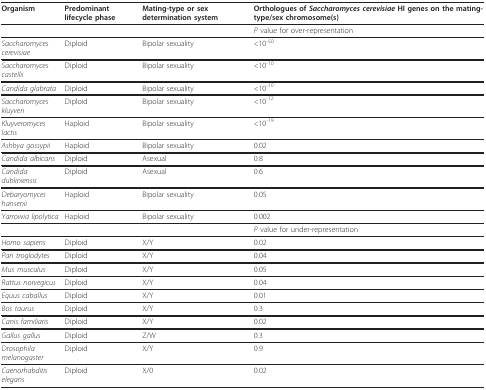
<table><thead><tr><td><b>Organism</b></td><td><b>Predominant lifecycle phase</b></td><td><b>Mating-type or sex determination system</b></td><td><b>Orthologues of <i>Saccharomyces cerevisiae </i>HI genes on the mating-type/sex chromosome(s)</b></td></tr></thead><tbody><tr><td></td><td></td><td></td><td><i>P </i>value for over-representation</td></tr><tr><td><i>Saccharomyces cerevisiae</i></td><td>Diploid</td><td>Bipolar sexuality</td><td>&lt;10<sup>-50</sup></td></tr><tr><td><i>Saccharomyces castellii</i></td><td>Diploid</td><td>Bipolar sexuality</td><td>&lt;10<sup>-10</sup></td></tr><tr><td><i>Candida glabrata</i></td><td>Diploid</td><td>Bipolar sexuality</td><td>&lt;10<sup>-10</sup></td></tr><tr><td><i>Saccharomyces kluyveri</i></td><td>Diploid</td><td>Bipolar sexuality</td><td>&lt;10<sup>-12</sup></td></tr><tr><td><i>Kluyveromyces lactis</i></td><td>Haploid</td><td>Bipolar sexuality</td><td>&lt;10<sup>-19</sup></td></tr><tr><td><i>Ashbya gossypii</i></td><td>Haploid</td><td>Bipolar sexuality</td><td>0.02</td></tr><tr><td><i>Candida albicans</i></td><td>Diploid</td><td>Asexual</td><td>0.8</td></tr><tr><td><i>Candida dubliniensis</i></td><td>Diploid</td><td>Asexual</td><td>0.6</td></tr><tr><td><i>Debaryomyces hansenii</i></td><td>Haploid</td><td>Bipolar sexuality</td><td>0.05</td></tr><tr><td><i>Yarrowia lipolytica</i></td><td>Haploid</td><td>Bipolar sexuality</td><td>0.002</td></tr><tr><td></td><td></td><td></td><td><i>P </i>value for under-representation</td></tr><tr><td><i>Homo sapiens</i></td><td>Diploid</td><td>X/Y</td><td>0.02</td></tr><tr><td><i>Pan troglodytes</i></td><td>Diploid</td><td>X/Y</td><td>0.04</td></tr><tr><td><i>Mus musculus</i></td><td>Diploid</td><td>X/Y</td><td>0.05</td></tr><tr><td><i>Rattus norvegicus</i></td><td>Diploid</td><td>X/Y</td><td>0.04</td></tr><tr><td><i>Equus caballus</i></td><td>Diploid</td><td>X/Y</td><td>0.01</td></tr><tr><td><i>Bos taurus</i></td><td>Diploid</td><td>X/Y</td><td>0.3</td></tr><tr><td><i>Canis familiaris</i></td><td>Diploid</td><td>X/Y</td><td>0.02</td></tr><tr><td><i>Gallus gallus</i></td><td>Diploid</td><td>Z/W</td><td>0.3</td></tr><tr><td><i>Drosophila melanogaster</i></td><td>Diploid</td><td>X/Y</td><td>0.9</td></tr><tr><td><i>Caenorhabditis elegans</i></td><td>Diploid</td><td>X/0</td><td>0.02</td></tr></tbody></table>